Madras plague regulations and rules - Volume 2
Disease focus: Plague
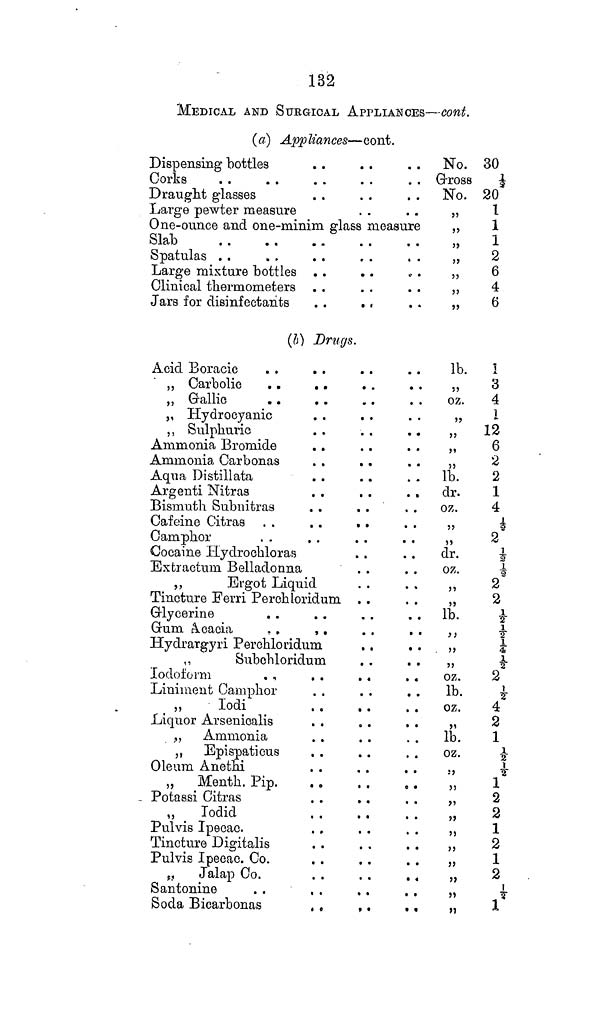
132
MEDICAL AND SURGICAL APPLIANCES—cont.
(a) Appliances—cont.
Dispensing bottles
Corks
Draught glasses
Large pewter measure
One-ounce and one-minim glass measure
Slab
Spatulas
Large mixture bottles
Clinical thermometers
Jars for disinfectants
. .
. .
(b) Drugs.
Acid Boracic
. .
. .
„ Carbolic
„ Gallic
„ Hydrocyanic
,, Sulphuric
Ammonia Bromide
Ammonia Carbonas
Aqua Distillata
Argenti Nitras
Bismuth Subnitras
Cafeine Citras
Camphor
Cocaine Hydrochloras
Extractum Belladonna
,,
Ergot Liquid
Tincture Ferri Perchloridum
Glycerine
Gum Acacia
..
..
Hydrargyri Perchloridum
,,
Subchloridum
Iodoform
..
. .
. .
Liniment Camphor
. .
. .
. .
,,
Iodi
Liquor Arsenicalis
,, Ammonia
,, Epispaticus
Oleum Anethi
„
Menth. Pip.
Potassi Citras
,,
Iodid
Pulvis Ipecac.
Tincture Digitalis
Pulvis Ipecac. Co.
„
Jalap Co.
. .
. .
..
Santonine
Soda Bicarbonas
. . . . . .
No. 30
Gross ½
No. 20
,, 1
,
1
,, 1
,
2
,
6
4
6
lb.
1
„
3
oz.
4
,, 1
„
12
6
,, 2
lb.
2
dr.
1
oz.
4
,, ½
2
dr.
½
oz.
½
2
2
lb.
½
,,
½
,,
¼
,, ½
oz.
2
lb.
½
oz.
4
2
lb.
1
oz.
½
,,
½
1
2
2
1
2
1
2
*
,,
1